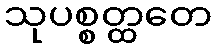
သုပစ္စတ္ထတေ